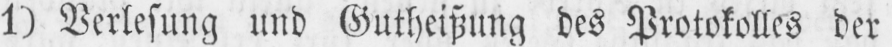
1) Verlesung und Gutheißung des Protokolles der